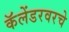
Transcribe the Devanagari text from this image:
कॅलेंडरवरचे